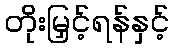
တိုးမြှင့်ရန်နှင့်